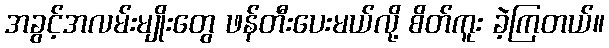
အခွင့်အလမ်းမျိုးတွေ ဖန်တီးပေးမယ်လို့ စိတ်ကူး ခဲ့ကြတယ်။